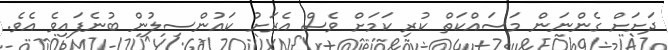
ދަށަށް ގެންނަން މަސައްކަތް ކުރި ކަމަށް ވެސް އެރަށު ކައުންސިލުން ބުނެފައިވެ އެވެ.